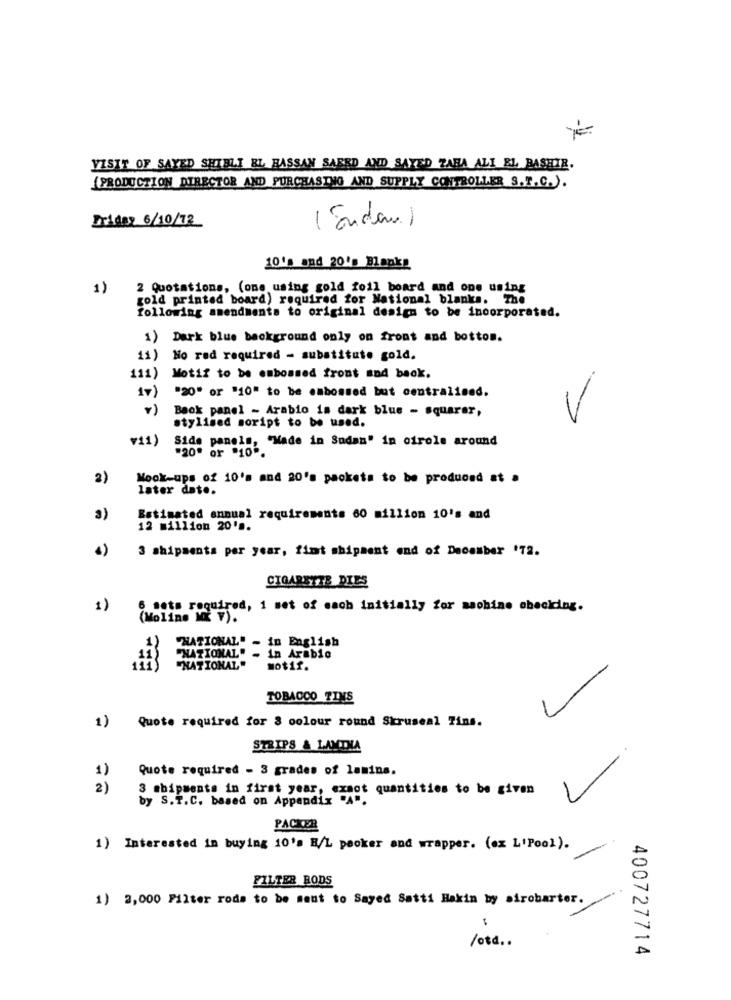
VISIT OF SAYED SHIELI EL HASSAN SAEED AND SAYED ZARA ALL EL BASHIE.
(PRODUCTION DIRECTOR AND PURCHASING AND SUPPLY CONTROLLER S.T.C.).
Friday 6/10/72
( Enden)
10's and 20's Blanks
1)
2 Quotations, (one using gold foil board and one using
gold printed board) required for National blanks. The
following amendments to original design to be incorporated.
1) Dark blue background only on front and bottom.
11) No rad required - substitute gold.
111) Motif to be embossed front and back.
17) "20" or "10" to be embossed but centralised.
Back panel - Arabio is dark blue - squarer,
stylised soript to be used.
v11)
Side panels, "Made in Sudan" in cirole around
"20" or "10".
2)
Mook-ups of 10's and 20's packets to be produced at .
later date.
3)
Estimated annual requirements 60 million 10's and
12 million 20' ..
4)
3 shipments per year, fint shipment end of December '72.
CIGARETTE DIES
1)
6 sets required, 1 set of each initially for machine obecicing.
(Moline Mx V).
EE-
"NATIONAL" - in English
"NATIONAL" - in Arabic
"NATIONAL
Motif.
TOBACCO TINS
1) Quote required for 8 colour round Skruseal Fins.
STRIPS & LANTNA
1)
Quote required - 3 grades of lamina.
2)
3 shipments in first year, exact quantities to be given
by S.T.C. based on Appendix "A".
PACKER
1) Interested in buying 10's /L pecker and wrapper. (ex L'Pool).
FILTER RODS
1) 3,000 Filter roda to be sent to Sayed Satti Hakin by sirobarter.
/ota ..
400727714